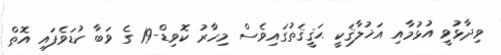
ވިދާޅުވީ އުޅުމާއި އަޚުލާޤަކީ ޙަޤީޤަތުގައިވެސް މިހާރު ކޮވިޑް-19 ގެ ވަބާ ކުޑަވެފައި އޮތް